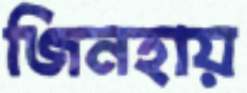
জিনহায়